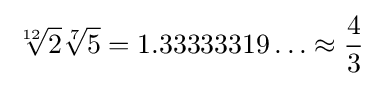
{\sqrt[{12}]{2}}{\sqrt[{7}]{5}}=1.33333319\ldots \approx {\frac {4}{3}}